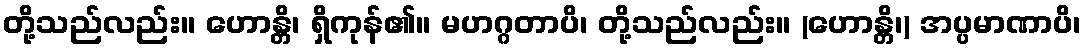
တို့သည်လည်း။ ဟောန္တိ၊ ရှိကုန်၏။ မဟဂ္ဂတာပိ၊ တို့သည်လည်း။ (ဟောန္တိ၊) အပ္ပမာဏာပိ၊